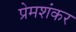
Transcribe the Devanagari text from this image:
प्रेमशंकर